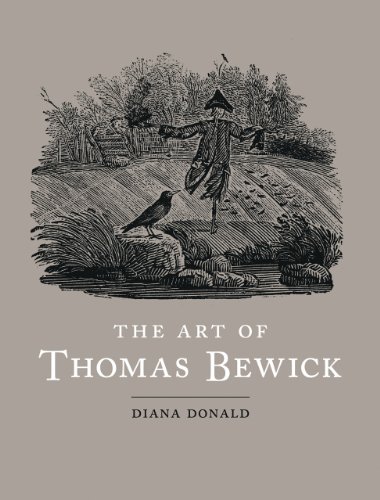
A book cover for The Art of Thomas Bewick; Diana Donald; Arts & Photography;